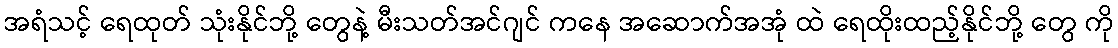
အရံသင့် ရေထုတ် သုံးနိုင်ဘို့ တွေနဲ့ မီးသတ်အင်ဂျင် ကနေ အဆောက်အအုံ ထဲ ရေထိုးထည့်နိုင်ဘို့ တွေ ကို